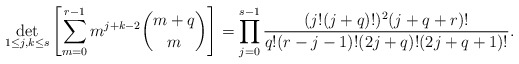
\begin{align*}\det_{1\leq j,k\leq s}\left[\sum_{m=0}^{r-1}m^{j+k-2}\binom{m+q}{m}\right]= \prod_{j=0}^{s-1}\frac{(j!(j+q)!)^2 (j+q+r)!}{q!(r-j-1)!(2j+q)!(2j+q+1)!}.\end{align*}